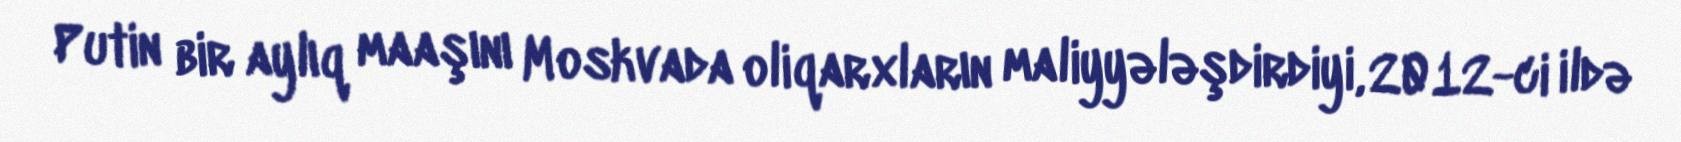
Putin bir aylıq maaşını Moskvada oliqarxların maliyyələşdirdiyi, 2012-ci ildə